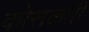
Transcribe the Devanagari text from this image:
कोसळती